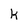
Character: k